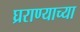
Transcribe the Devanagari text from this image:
घ्रराण्याच्या